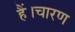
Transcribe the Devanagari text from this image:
हैं।चारण